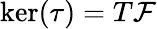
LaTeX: \ker(\tau)=T{\mathcal F}